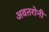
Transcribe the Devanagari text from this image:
अवतरोनी